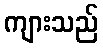
ကျားသည်